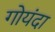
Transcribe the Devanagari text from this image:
गोयंदा